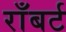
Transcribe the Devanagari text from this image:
राँबर्ट